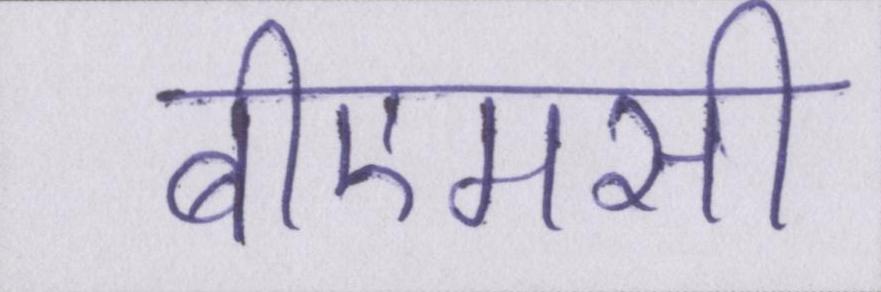
बीएमसी